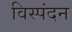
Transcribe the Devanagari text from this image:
विस्पंदन